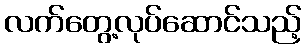
လက်တွေ့လုပ်ဆောင်သည့်